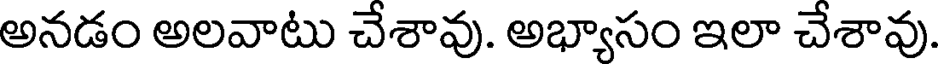
అనడం అలవాటు చేశావు. అభ్యాసం ఇలా చేశావు.